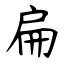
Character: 扁